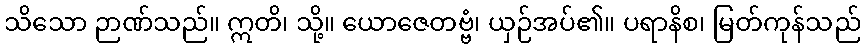
သိသော ဉာဏ်သည်။ ဣတိ၊ သို့။ ယောဇေတဗ္ဗံ၊ ယှဉ်အပ်၏။ ပရာနိစ၊ မြတ်ကုန်သည်